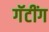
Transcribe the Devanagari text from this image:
गॅटींग